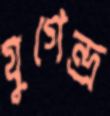
যুগেন্দ্র